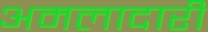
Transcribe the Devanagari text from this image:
अमलादारी